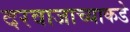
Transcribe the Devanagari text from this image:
दरवाजाच्याकडे